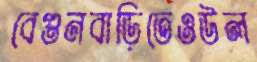
বেগুনবাড়িতেওউল